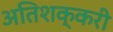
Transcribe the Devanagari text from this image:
अतिशक्करी